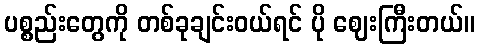
ပစ္စည်းတွေကို တစ်ခုချင်းဝယ်ရင် ပို ဈေးကြီးတယ်။